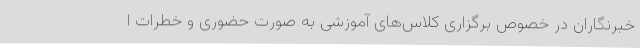
خبرنگاران در خصوص برگزاری کلاس‌های آموزشی به صورت حضوری و خطرات ا